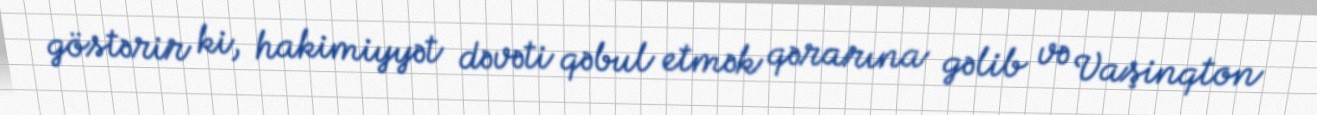
göstərir ki, hakimiyyət dəvəti qəbul etmək qərarına gəlib və Vaşinqton